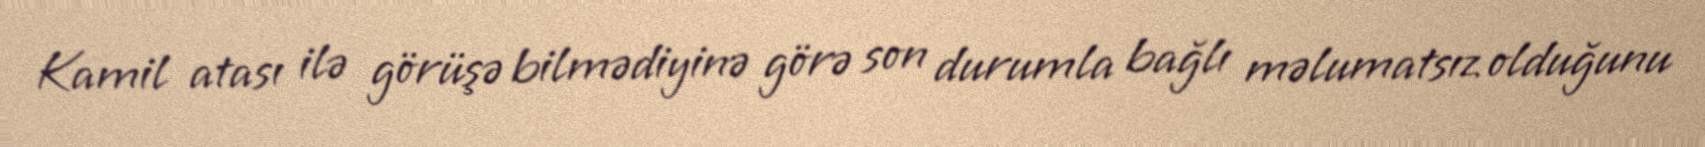
Kamil atası ilə görüşə bilmədiyinə görə son durumla bağlı məlumatsız olduğunu